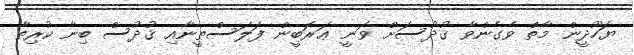
ޔަހޫދީން މާތް ވެގެންވާ ޤުދުސަށް ވަނީ ޢަރަބީން ފަލަސްޠީނާއި ޤުދުސް ބިނާ ކުރިތާ